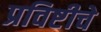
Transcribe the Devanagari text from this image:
प्रविष्टीचे